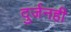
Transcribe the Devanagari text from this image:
दुर्जनही